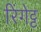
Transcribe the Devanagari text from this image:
रिंगेट्ट